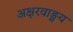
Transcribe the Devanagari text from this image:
अक्षरवाङ्मय